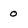
Character: 0